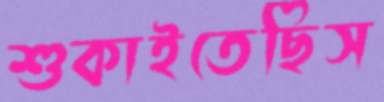
শুকাইতেছিস